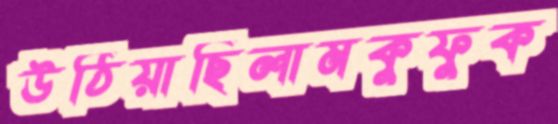
উঠিয়াছিলামকুফুক